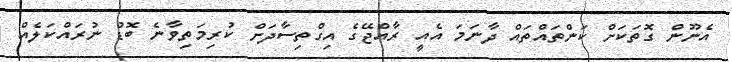
އެނޫން ގޮތަކަށް ކަންތައްތައް ދާނަމަ އެއީ ރާއްޖޭގެ އިގްތިސާދަށް ކުރިމަތިވާނެ ބޮޑު ނުރައްކަލެއް